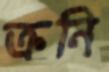
ক্রনি